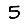
Digit: 5